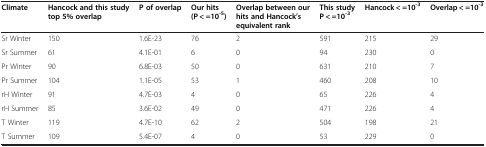
<table><thead><tr><td><b>Climate</b></td><td><b>Hancock and this study top 5% overlap</b></td><td><b>P of overlap</b></td><td><b>Our hits (P &lt; =10<sup>-5</sup>)</b></td><td><b>Overlap between our hits and Hancock’s equivalent rank</b></td><td><b>This study P &lt; =10<sup>-3</sup></b></td><td><b>Hancock &lt; =10<sup>-3</sup></b></td><td><b>Overlap &lt; =10<sup>-3</sup></b></td></tr></thead><tbody><tr><td>Sr Winter</td><td>150</td><td>1.6E-23</td><td>76</td><td>2</td><td>591</td><td>215</td><td>29</td></tr><tr><td>Sr Summer</td><td>61</td><td>4.1E-01</td><td>6</td><td>0</td><td>94</td><td>230</td><td>0</td></tr><tr><td>Pr Winter</td><td>90</td><td>6.8E-03</td><td>50</td><td>0</td><td>631</td><td>210</td><td>7</td></tr><tr><td>Pr Summer</td><td>104</td><td>1.1E-05</td><td>53</td><td>1</td><td>460</td><td>208</td><td>10</td></tr><tr><td>rH Winter</td><td>91</td><td>4.7E-03</td><td>4</td><td>0</td><td>65</td><td>226</td><td>4</td></tr><tr><td>rH Summer</td><td>85</td><td>3.6E-02</td><td>49</td><td>0</td><td>471</td><td>226</td><td>4</td></tr><tr><td>T Winter</td><td>119</td><td>4.7E-10</td><td>62</td><td>2</td><td>504</td><td>198</td><td>21</td></tr><tr><td>T Summer</td><td>109</td><td>5.4E-07</td><td>4</td><td>0</td><td>53</td><td>229</td><td>0</td></tr></tbody></table>